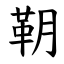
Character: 䩗